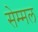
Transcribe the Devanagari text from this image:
सेम्मल